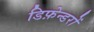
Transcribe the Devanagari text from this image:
डिफ़ेन्डरों